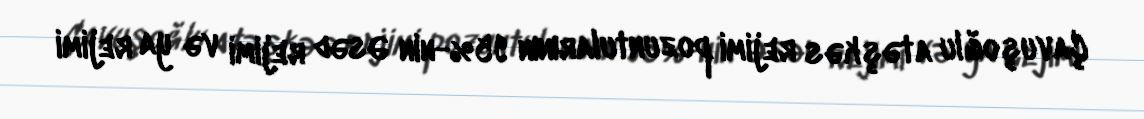
Çavuşoğlu atəşkəs rejimi pozuntularının 95%-nin Əsəd rejimi və ya rejimi